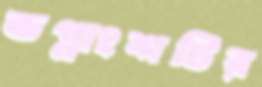
ভগ্নাংশটির